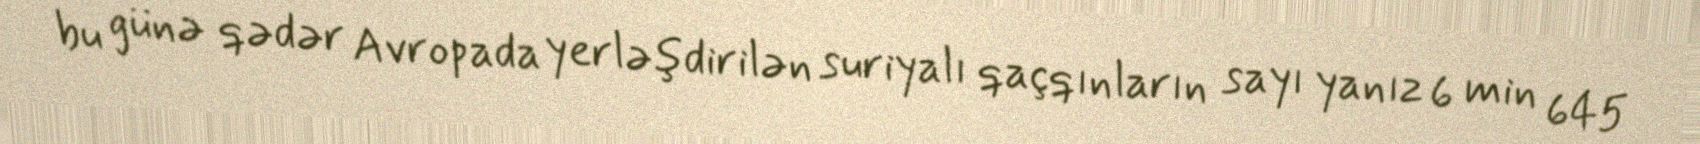
bu günə qədər Avropada yerləşdirilən suriyalı qaçqınların sayı yanız 6 min 645